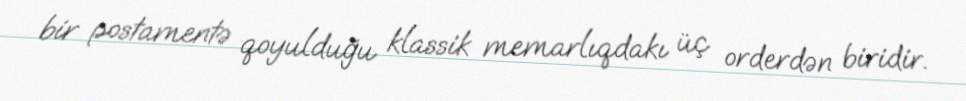
bir postamentə qoyulduğu klassik memarlıqdakı üç orderdən biridir.